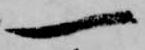
一